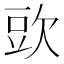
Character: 㰯